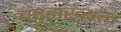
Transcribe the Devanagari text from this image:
बहुसंख्यत्व